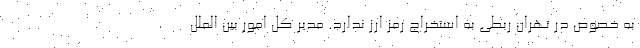
به خصوص در تهران ربطی به استخراج رمز ارز ندارد. مدیر کل امور بین الملل